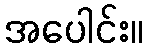
အပေါင်း။